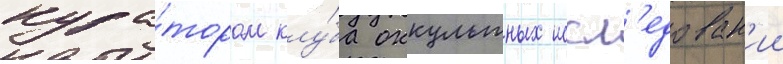
кура́тором клу́ба оккультных иссл'едован'ии